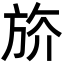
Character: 𣃭